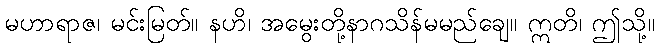
မဟာရာဇ၊ မင်းမြတ်။ နဟိ၊ အမွေးတို့နာဂသိန်မမည်ချေ။ ဣတိ၊ ဤသို့။